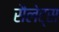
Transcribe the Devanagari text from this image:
सैलेट्स